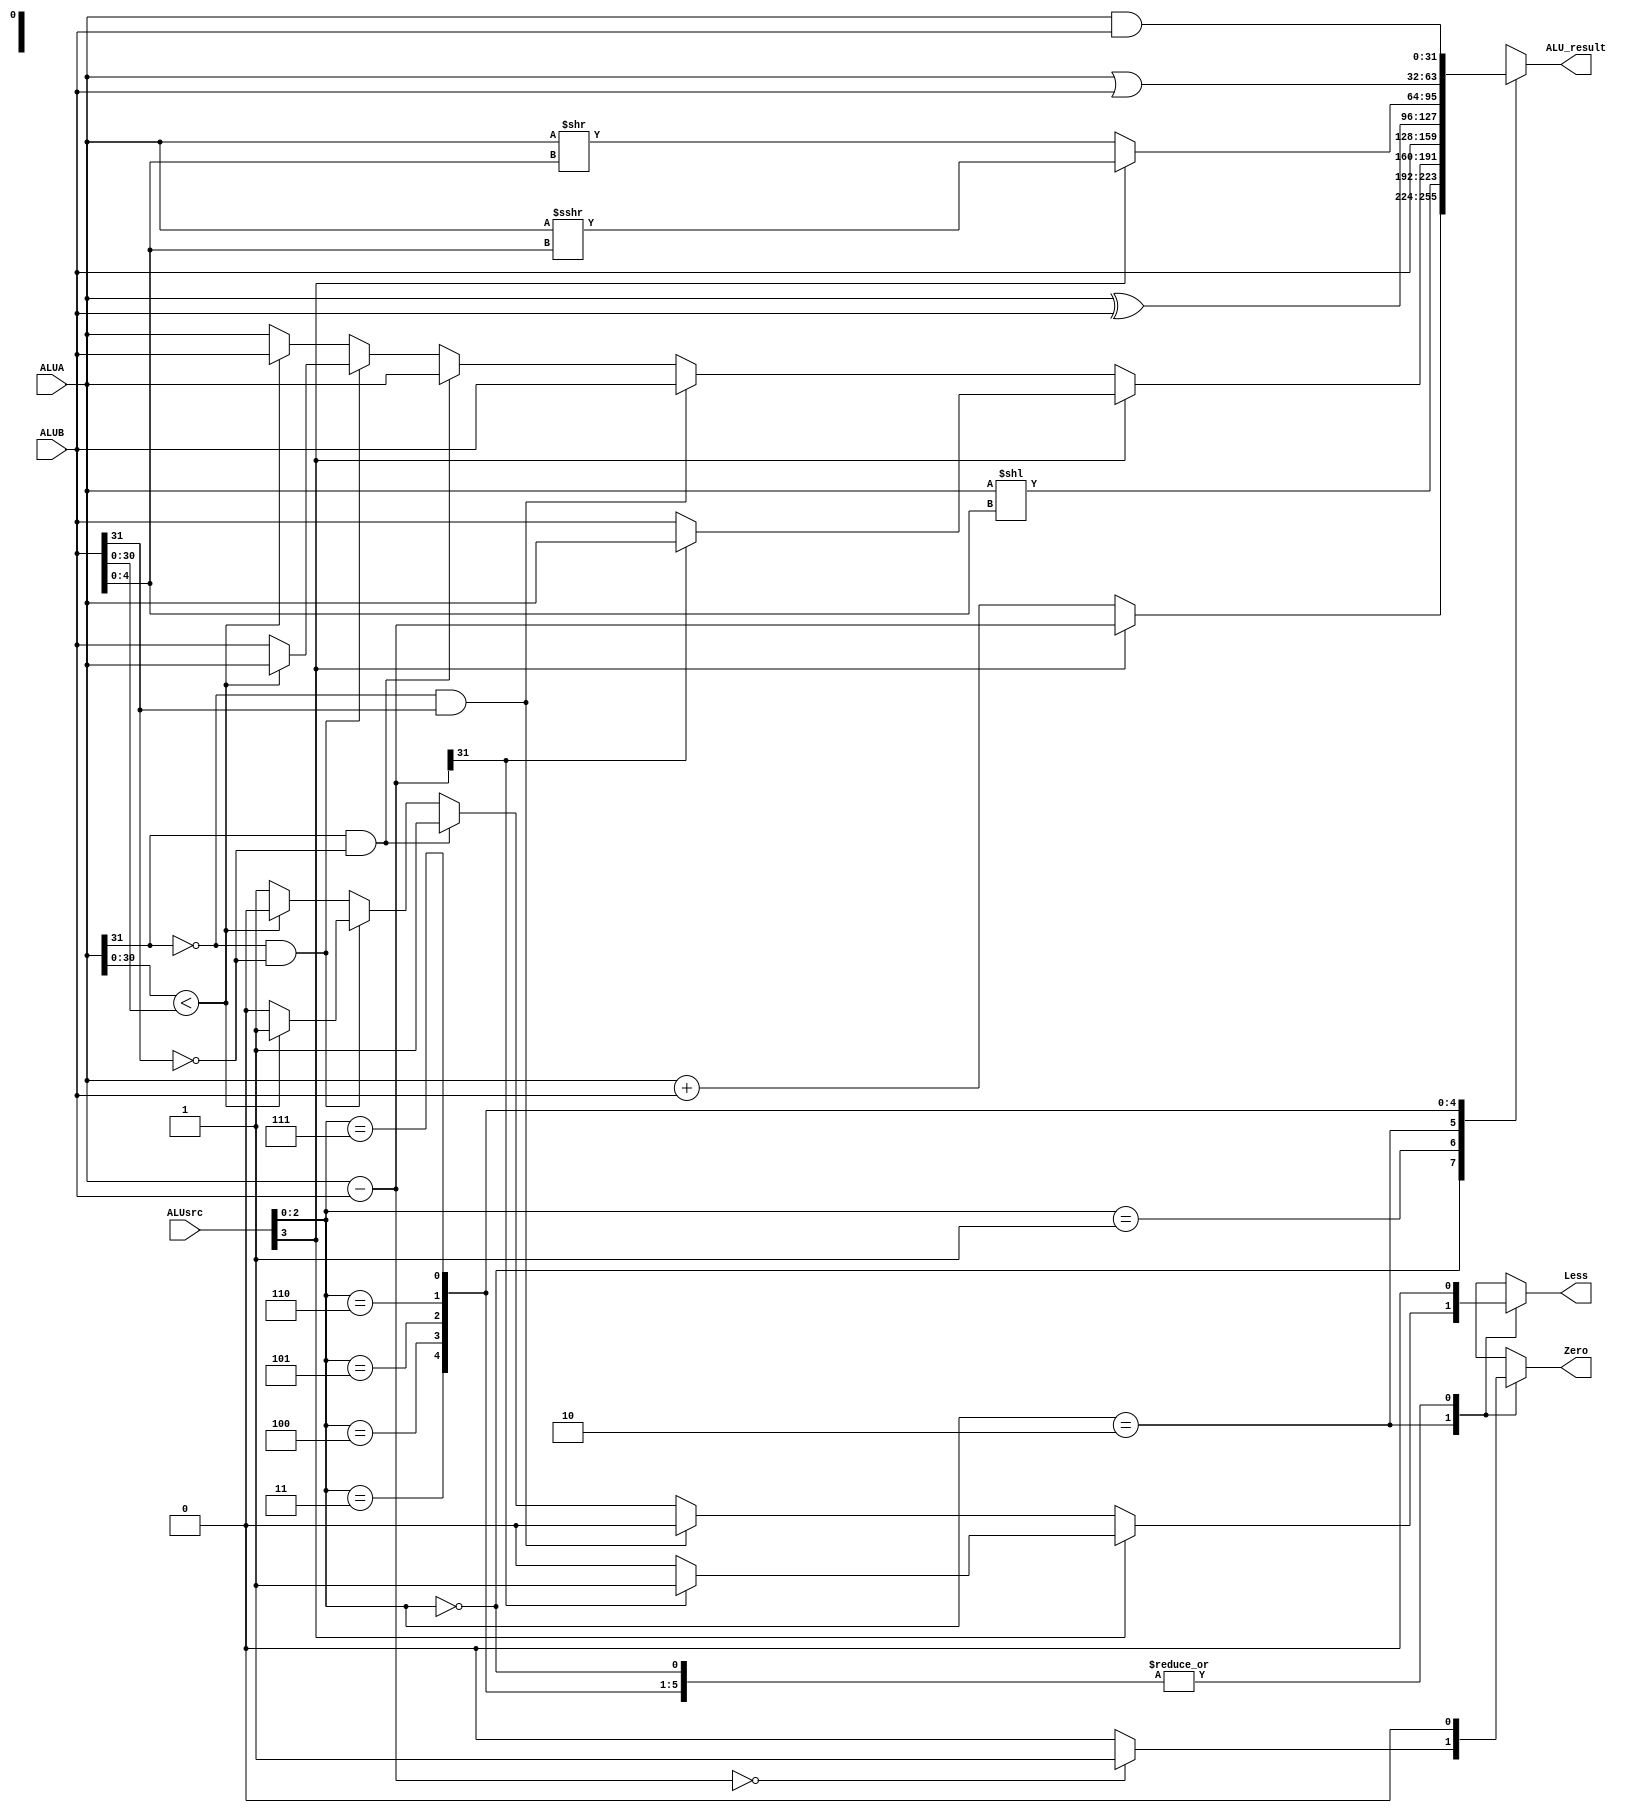
`timescale 1ns / 1ps
//////////////////////////////////////////////////////////////////////////////////
// Company: 
// Engineer: 
// 
// Design Name: 
// Module Name: ALU
// Project Name: 
// Target Devices: 
// Tool Versions: 
// Description: 
// 
// Dependencies: 
// 
// Revision:
// Revision 0.01 - File Created
// Additional Comments:
// 
//////////////////////////////////////////////////////////////////////////////////


module ALU(
    input [31: 0] ALUA,
    input [31: 0] ALUB,
    input [3: 0] ALUsrc,
    output reg Less,
    output reg Zero,
    output reg [31: 0]ALU_result
    );

    reg [31: 0] compare;

    always @(*) begin
        Zero = 0;
        Less = 0;
        case (ALUsrc[2: 0])
            3'b000: begin
                if(ALUsrc[3]) ALU_result = ALUA - ALUB; // 1000 -> 
                else ALU_result = ALUA + ALUB; // 0000 -> 
            end
            3'b001: begin
                ALU_result = ALUA << ALUB[4 : 0]; // x001 -> 
            end
            3'b010: begin
                compare = ALUA - ALUB;
                if(compare == 0) Zero = 1;
                if(ALUsrc[3]) begin  // 1010 -> 
                    if(compare[31]) begin
                        Less = 1;
                        ALU_result = ALUA;
                    end
                    else begin
                        Less = 0;
                        ALU_result = ALUB;
                    end
                end
                else begin       // 0010 -> 
                    if(ALUA [31] == 0 && ALUB [31] == 1) begin  //ALUA > ALUB
                        Less = 0;
                        ALU_result = ALUB;
                    end
                    else if(ALUA[31] == 1 && ALUB [31] == 0) begin  //ALUA < ALUB
                        Less = 1;
                        ALU_result = ALUA;
                    end
                    else if(ALUA [31] == 0 && ALUB [31] == 0) begin
                        if(ALUA [30: 0] < ALUB [30: 0]) begin
                            Less = 1;
                            ALU_result = ALUA;
                        end
                        else begin
                            Less = 0;
                            ALU_result = ALUB;
                        end
                    end
                    else begin
                        if(ALUA [30: 0] < ALUB [30: 0]) begin
                            Less = 0;
                            ALU_result = ALUB;
                        end
                        else begin
                            Less = 1;
                            ALU_result = ALUA;
                        end
                    end
                end
            end
            3'b011: begin
                ALU_result = ALUB;         //x011 -> B
            end
            3'b100: begin
                ALU_result = ALUA ^ ALUB; // x100 -> 
            end
            3'b101: begin
                if(ALUsrc[3]) ALU_result = $signed(ALUA) >>> ALUB[4 : 0]; // 1101 -> 
                else ALU_result = ALUA >> ALUB[4 : 0]; // 0101 -> 
            end
            3'b110: begin
                ALU_result = ALUA | ALUB; // x110 -> 
            end
            3'b111: begin
                ALU_result = ALUA & ALUB; // 
            end
        endcase

    end
endmodule